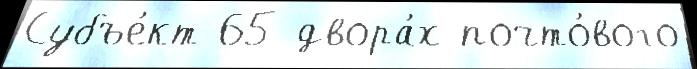
Субъе́кт 65 двора́х почто́вого